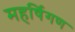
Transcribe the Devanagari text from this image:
महर्षिगण